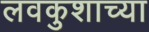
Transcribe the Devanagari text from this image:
लवकुशाच्या